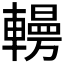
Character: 𰹥